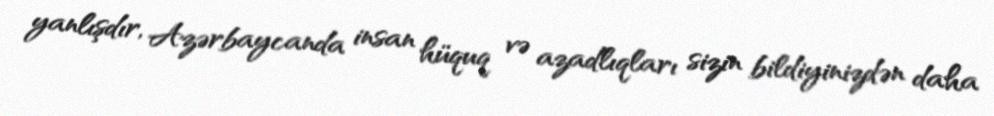
yanlışdır, Azərbaycanda insan hüquq və azadlıqları sizin bildiyinizdən daha